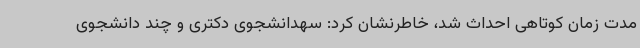
مدت زمان کوتاهی احداث شد، خاطرنشان کرد: سهدانشجوی دکتری و چند دانشجوی